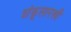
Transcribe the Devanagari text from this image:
शंकूसारखी